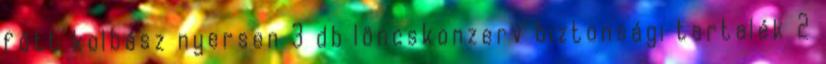
főtt kolbász nyersen 3 db löncskonzerv biztonsági tartalék 2